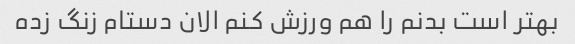
بهتر است بدنم را هم ورزش کنم الان دستام زنگ زده